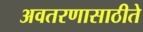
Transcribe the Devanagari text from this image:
अवतरणासाठीते